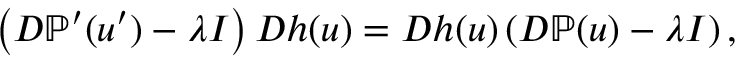
\left( D \mathbb { P } ^ { \prime } ( u ^ { \prime } ) - \lambda I \right) D h ( u ) = D h ( u ) \left( D \mathbb { P } ( u ) - \lambda I \right) ,